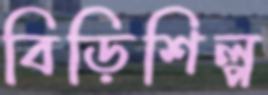
বিড়িশিল্প